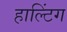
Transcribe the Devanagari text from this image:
हाल्टिंग